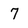
Character: 7